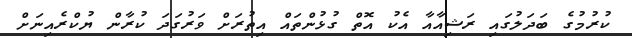
ކުރުމުގެ ބަދަލުގައި ރަޝިއާއާ އެކު އޮތް ގުޅުންތައް އިތުރަށް ވަރުގަދަ ކުރާން ޔުކްރެއިނަށް